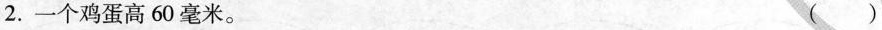
2.一个鸡蛋高60毫米。 ( )